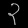
Digit: ၃